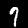
Digit: 7